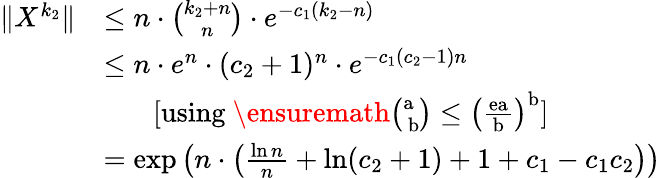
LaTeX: \begin{array}{rl}{\| X^{k_{2}}\| }&{\leq n\cdot{\binom{k_{2}+n}{n}}\cdot e^{-c_{1}(k_{2}-n)}}\\ &{\leq n\cdot e^{n}\cdot(c_{2}+1)^{n}\cdot e^{-c_{1}(c_{2}-1)n}}\\ &{\ \ \ \ \ \ \ \mathrm{[using~\ensuremath{{\binom{a~}{~b}}\leq\left(\frac{ea}{b}\right)^{b}}]}}\\ &{=\exp\left(n\cdot\left(\frac{\ln n}{n}+\ln(c_{2}+1)+1+c_{1}-c_{1}c_{2}\right)\right)}\end{array}